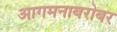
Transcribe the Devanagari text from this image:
आगमनाबरोबर